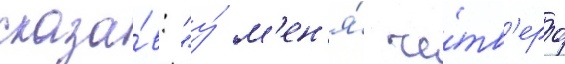
сказа́в: "у́ м'ен'я́ че́тв'еро